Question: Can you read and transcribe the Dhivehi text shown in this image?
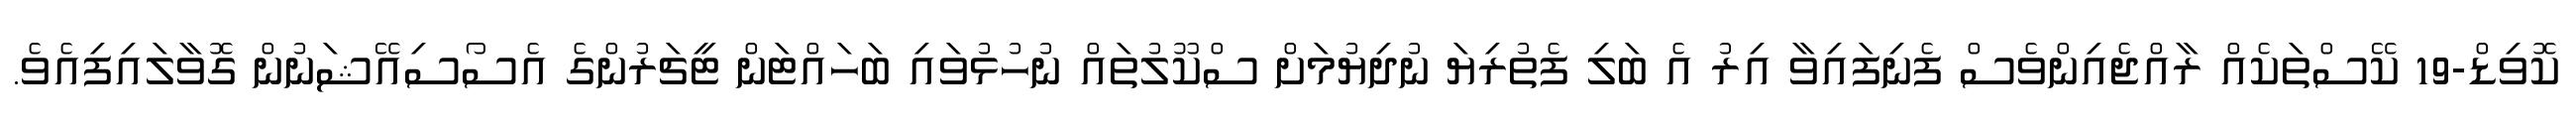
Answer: ކޮވިޑް-19 ކޭސްތަކެއް ރާއްޖެއިންވެސް ފެނިފައިވާ އިރު އެ ބަލި ފެތުރިޔަ ނުދިޔުމަށް ސްކޫލުތައް ނުހުޅުވައި ބަހައްޓަން ޓީޗަރުންގެ އެސޯސިއޭޝަނުން ގޮވާލައިފިއެވެ.